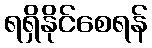
ရရှိနိုင်စေရန်